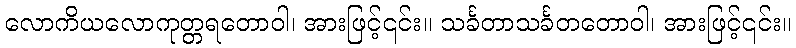
လောကိယလောကုတ္တရတောဝါ၊ အားဖြင့်၎င်း။ သင်္ခတာသင်္ခတတောဝါ၊ အားဖြင့်၎င်း။